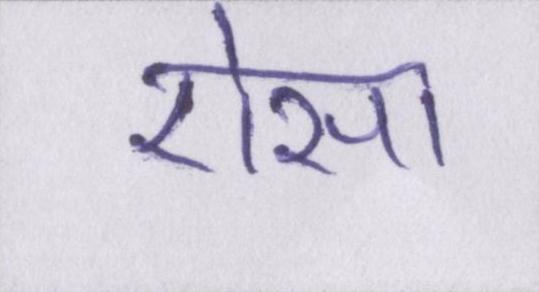
ऎसा